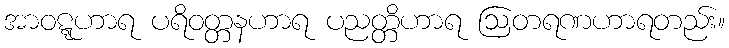
အာဝဋ္ဋဟာရ ပရိဝတ္တနဟာရ ပညတ္တိဟာရ ဩတရဏဟာရတည်း။